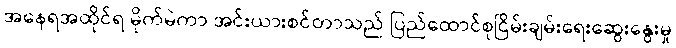
အနေရအထိုင်ရ မိုက်မဲကာ အင်းယားစင်တာသည် ပြည်ထောင်စုငြိမ်းချမ်းရေးဆွေးနွေးမှု